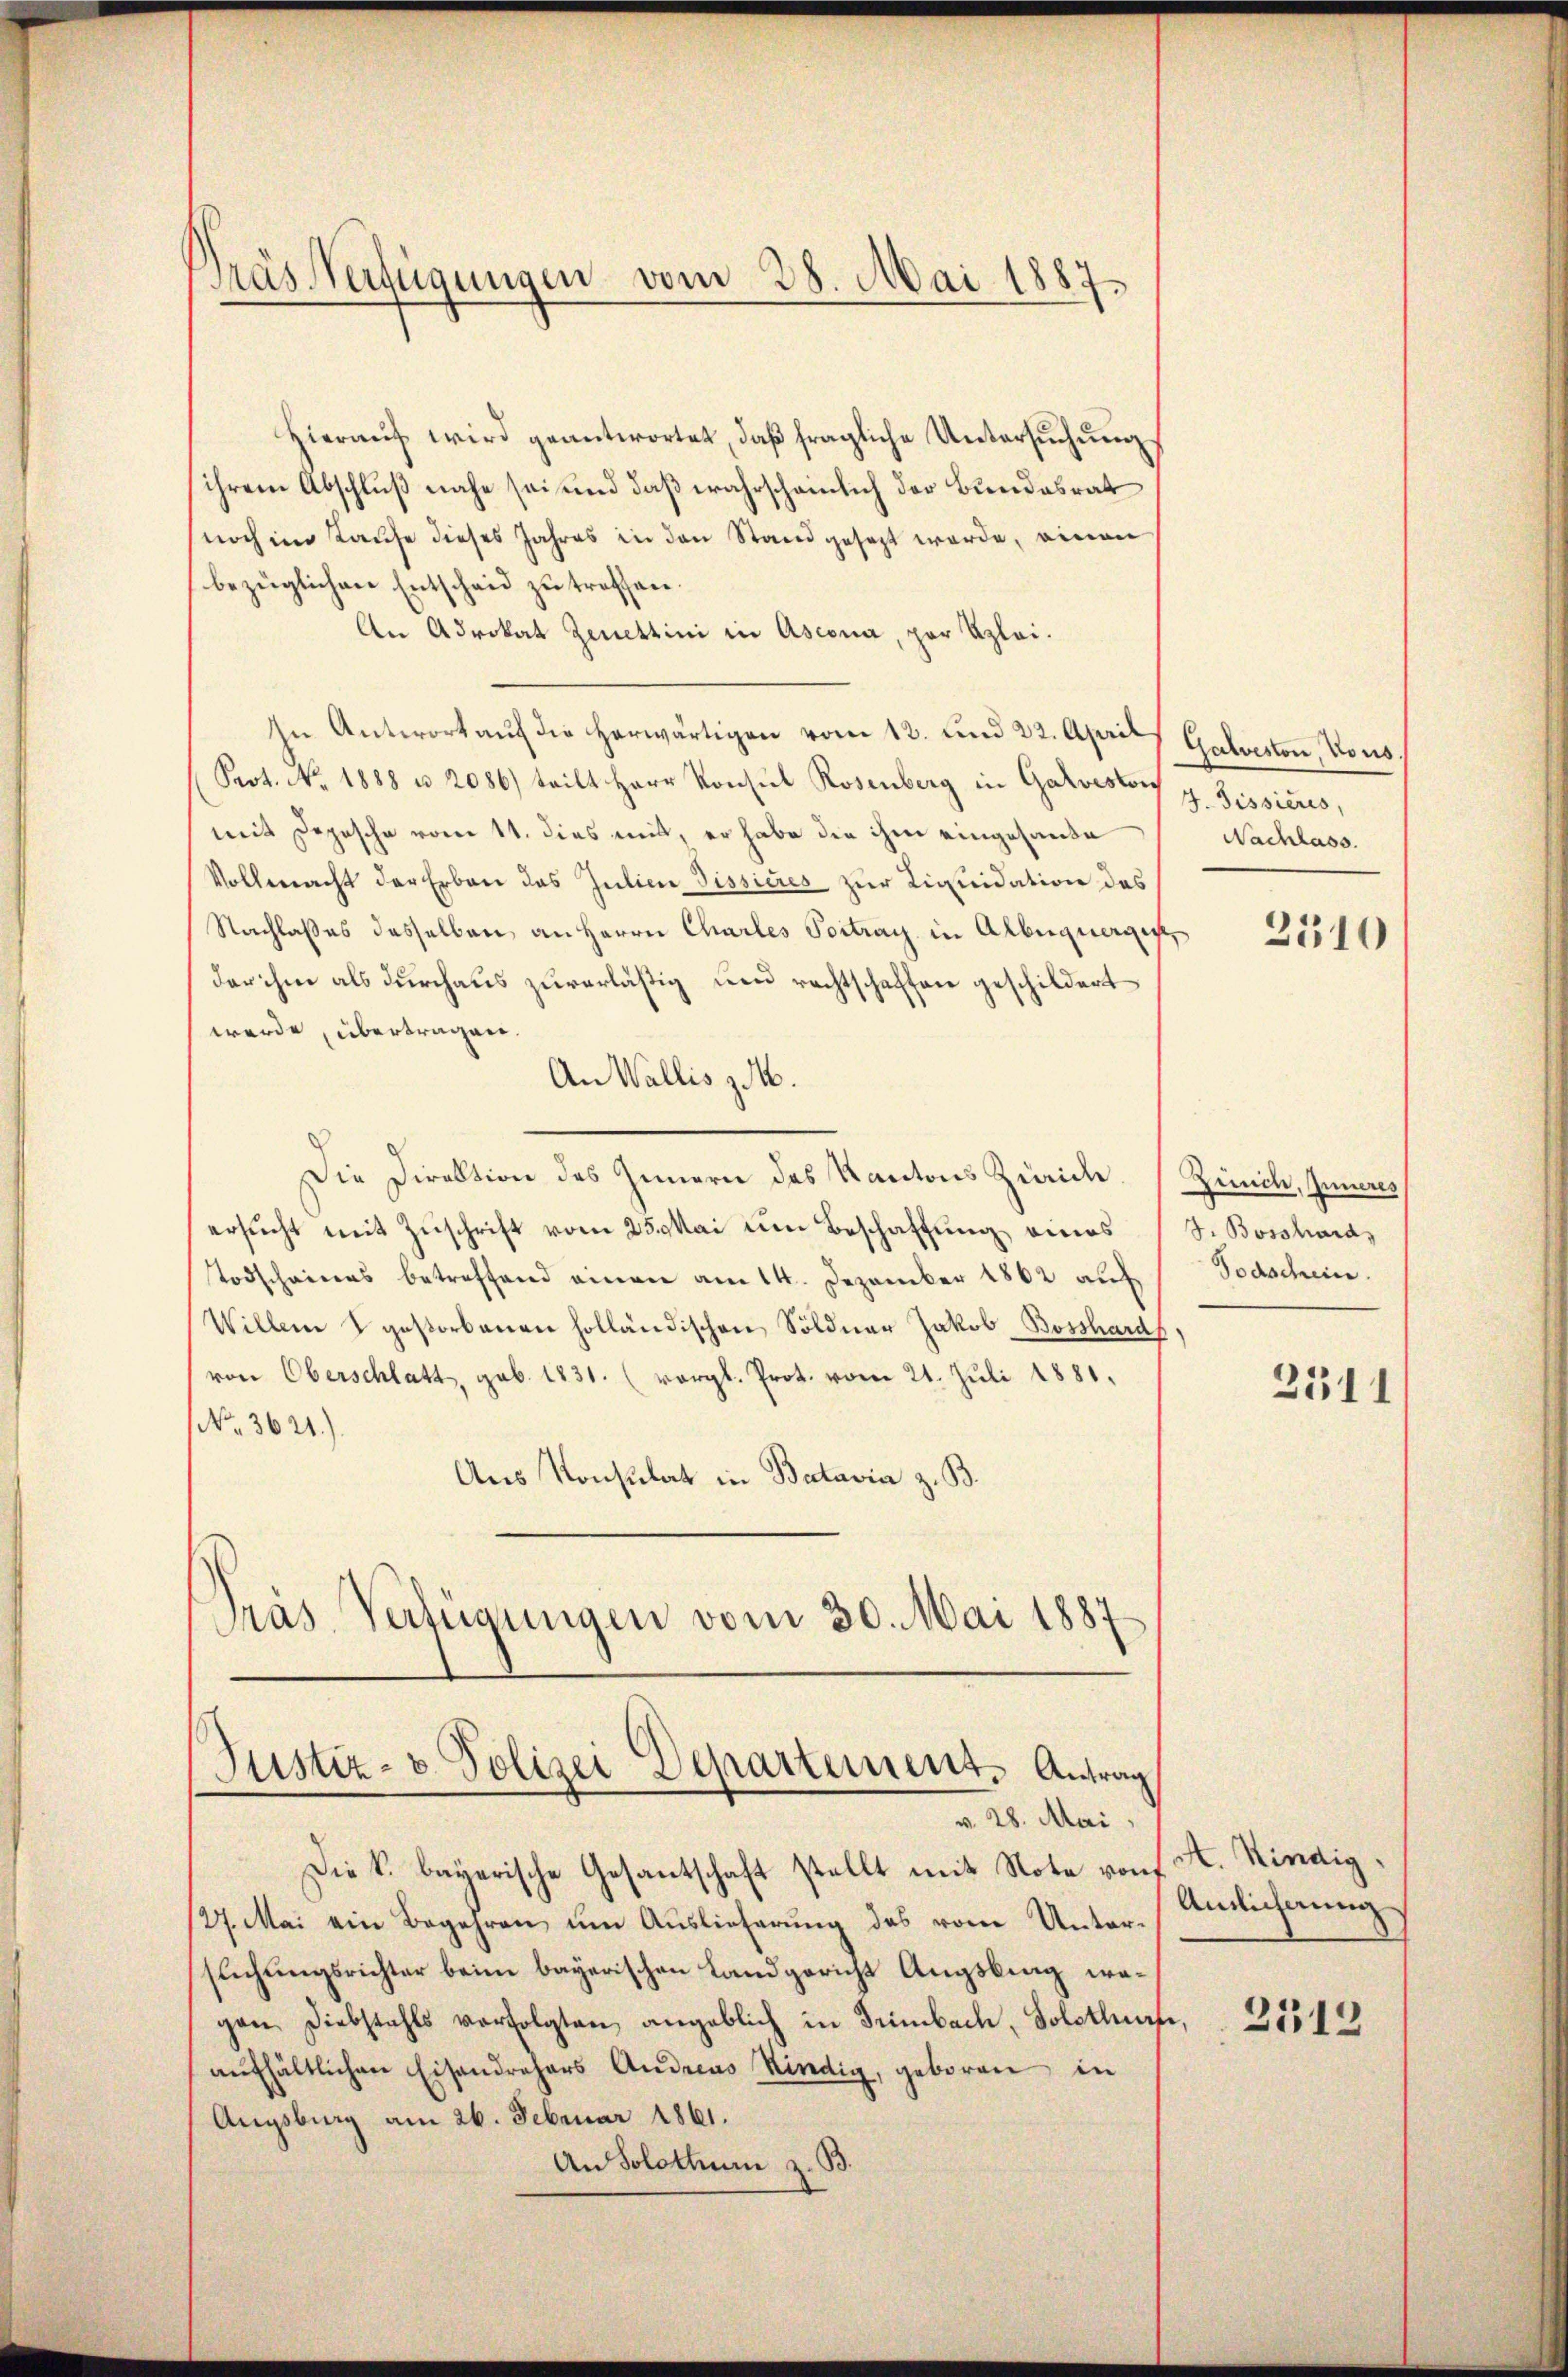
Pras Verfügungen vom 28. Mai 1887.

Hieraŭf wird geantwortet, daβ fragliche Untersŭchŭng
ihrem Abschluß nahe sei und daß wahrscheinlich der Bundesrat
noch im Kaufe dieses Jahres in den Stand gesezt werde, einen
bezüglichen Entscheid zu treffen.
An Advokat Zenettini in Ascona, par Klei¬
In Antwort aŭf die herwärtigen vom 12. und 22. April
Prot. No. 1888 u. 2086) teilt Herr Konsul Rosenberg in Galveston
mit Depesche vom 11. dies mit, er habe die ihm eingesande
Vollmacht der Erben das Julien Pissieres zur Liquidation des
Nachlaßes dasselben an Herrn Charles Portrag in Alberquerges
der ihm als durchaus zuverläßig und rechtschaffen geschildert
werde, übertragen.
An Wallis z.
Die Direktion des Innern des Kantons Zürich. Zürich, Inneres
ersŭcht mit Zŭschrift vom 25. Mai im Beschaffŭng eines (S. Bossard,
Todschaines betreffend einen am 14. Dezember 1862 auf
Willem gestorbenen holländischen Söldner Jakob Bosshards,
von Oberschlatt, sub. 1831. (vergl. Prot. vom 21. Juli 1881.
No. 3621.)
Aus Konsulat in Batavia z. B.
Pras Verfügungen vom 30. Mai 1887

Justiz- & Polizei Departement. Antrag
v. 28. Mai,

Die k. bayerische Gesantschaft stellt mit Note von A. Kindig¬
27. Mai ein Begehren ŭm Aŭslieferŭng des von Unter-
suchungsrichter beim bayerischen Landgericht Augsbing wegen Diebstahls verfolgten angeblich in Trimbach, Solothurfe,
aufhältlichen Eisendrehers Andreas Kindig, geboren in
Augsburg am 26. Februar 1861.
An Solothum z. B.

Galveston, Vous.
4. Sissieres,
Nachlass.

2510

Todschein.

2511

Antlicherung

2312